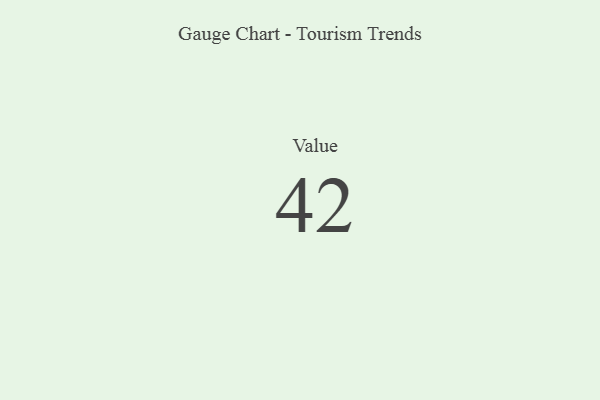
{"axis": {"x": "Metric", "y": "Value"}, "legend": [""], "data": [{"x": "Value", "y": 42, "type": ""}]}